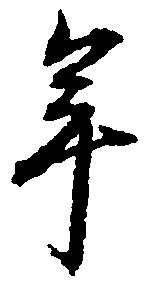
年